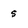
Character: 5